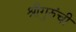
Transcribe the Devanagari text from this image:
श्रीगुरुंंची